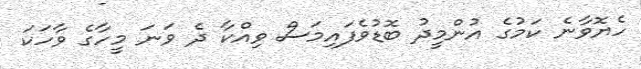
ހެޔޮވާނެ ކަމުގެ އުންމީދު ބޮޑުވެފައިމަސް ވިއްކާ ދެ ވަނަ މީހާގެ ވާހަކަ